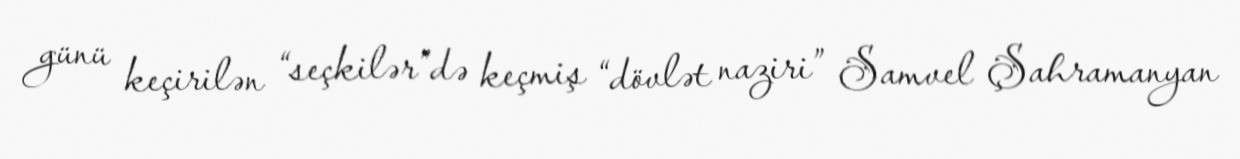
günü keçirilən “seçkilər”də keçmiş “dövlət naziri” Samvel Şahramanyan